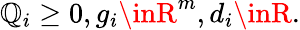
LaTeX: \mathbb{Q}_{i}\geq0,g_{i}\inR^{m},d_{i}\inR.